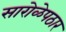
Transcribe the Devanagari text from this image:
सारोळेपठार